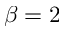
\beta = 2